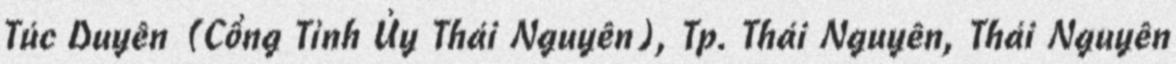
Túc Duyên (Cổng Tỉnh Ủy Thái Nguyên), Tp. Thái Nguyên, Thái Nguyên